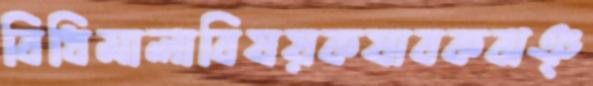
বিধিমালাবিষয়কযাবকঝঞ্